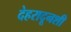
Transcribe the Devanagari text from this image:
देहरादूनशी